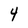
Character: 4